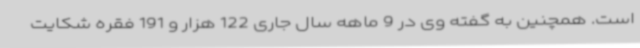
است. همچنین به گفته وی در 9 ماهه سال جاری 122 هزار و 191 فقره شکایت